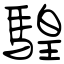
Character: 騜